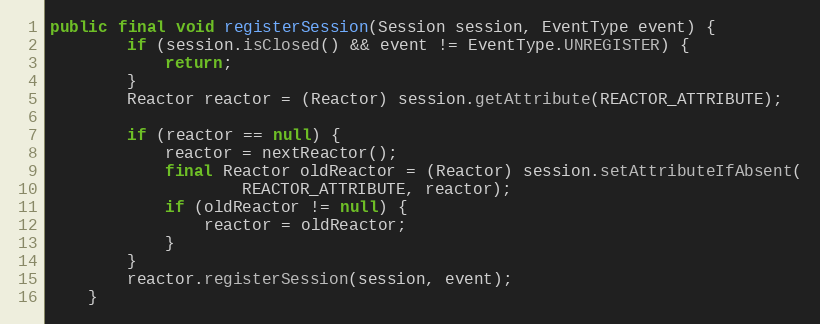
Language: Java
public final void registerSession(Session session, EventType event) {
		if (session.isClosed() && event != EventType.UNREGISTER) {
			return;
		}
		Reactor reactor = (Reactor) session.getAttribute(REACTOR_ATTRIBUTE);

		if (reactor == null) {
			reactor = nextReactor();
			final Reactor oldReactor = (Reactor) session.setAttributeIfAbsent(
					REACTOR_ATTRIBUTE, reactor);
			if (oldReactor != null) {
				reactor = oldReactor;
			}
		}
		reactor.registerSession(session, event);
	}